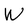
Character: W